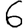
Digit: 6